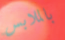
بالملابس